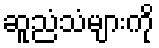
ဆူညံသံများကို